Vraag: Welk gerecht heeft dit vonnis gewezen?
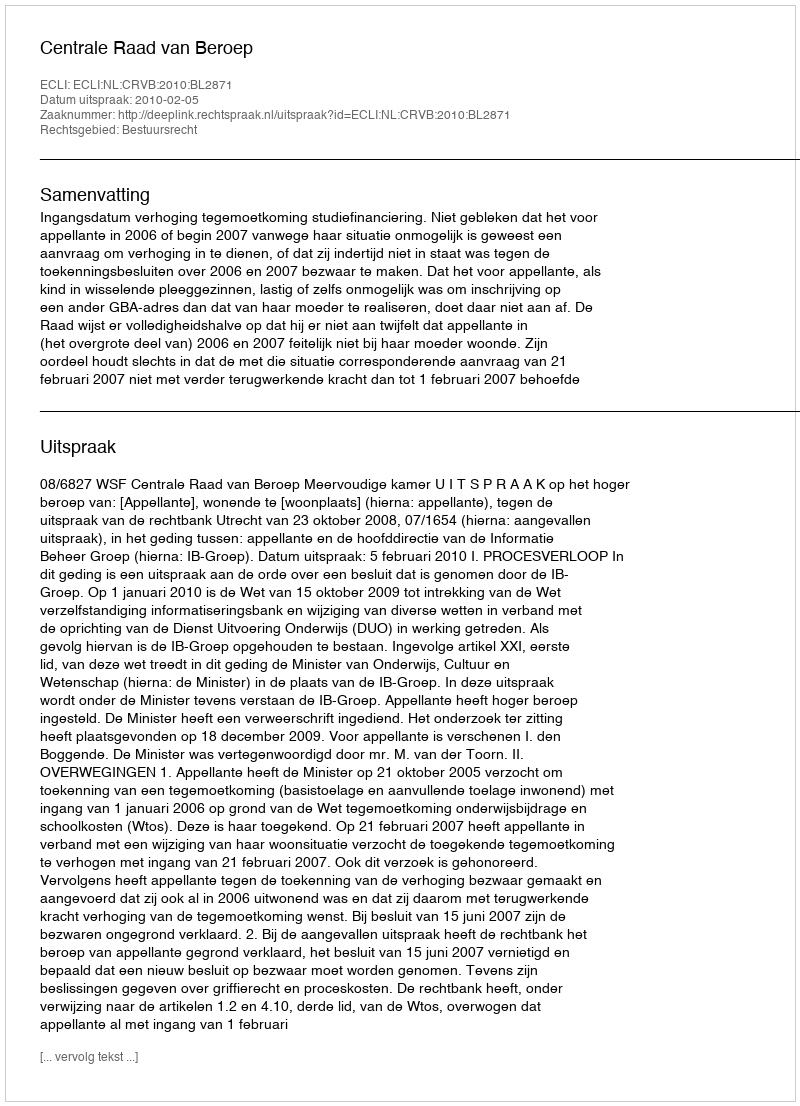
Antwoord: Centrale Raad van Beroep